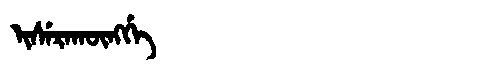
Manchu: ᡳᠰᡝᡵᠠᡴᡡᠩᡤᡝ
Romanization: ISERAKŪNGGE